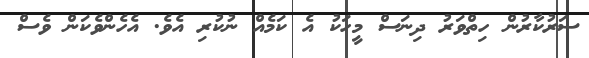
ސަރުކާރުން ހިތްވަރު ދިނަސް މީހަކު އެ ކަމެއް ނުކުރި އެވެ. އެހެންވެކަން ވެސް